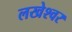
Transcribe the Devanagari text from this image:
लखेश्वर